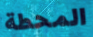
المحطة